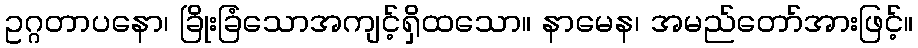
ဥဂ္ဂတာပနော၊ ခြိုးခြံသောအကျင့်ရှိထသော။ နာမေန၊ အမည်တော်အားဖြင့်။